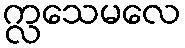
က္လေသမလေ